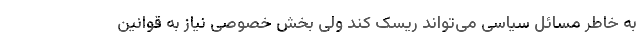
به خاطر مسائل سیاسی می‌تواند ریسک کند ولی بخش خصوصی نیاز به قوانین